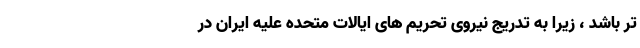
تر باشد ، زیرا به تدریج نیروی تحریم های ایالات متحده علیه ایران در